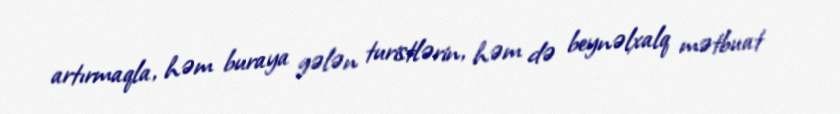
artırmaqla, həm buraya gələn turistlərin, həm də beynəlxalq mətbuat